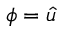
\phi = { \hat { u } }